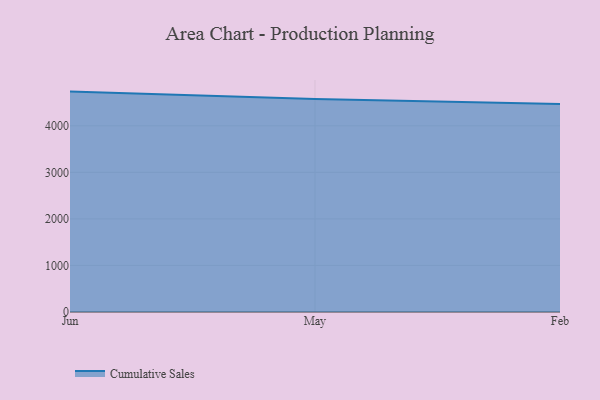
{"axis": {"x": "Month", "y": "Shipments"}, "legend": ["Cumulative Sales"], "data": [{"x": "Jun", "y": 4734.8, "type": "Cumulative Sales"}, {"x": "May", "y": 4577.9, "type": "Cumulative Sales"}, {"x": "Feb", "y": 4470.4, "type": "Cumulative Sales"}]}